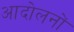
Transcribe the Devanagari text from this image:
आदोलनों